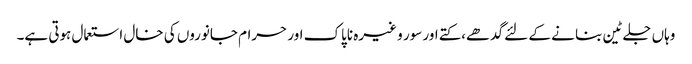
وہاں جلے ٹین بنا نے کے لئے گدھے،کتے اور سور و غیرہ ناپاک اور حرام جانوروں کی خال استعمال ہوتی ہے۔